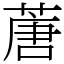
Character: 蓎